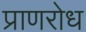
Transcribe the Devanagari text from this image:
प्राणरोध